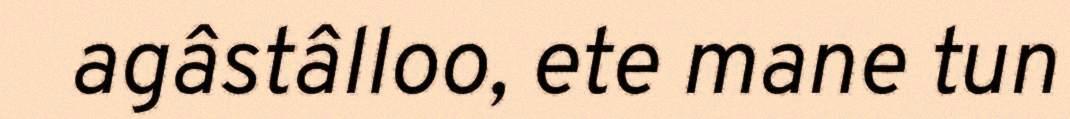
agâstâlloo, ete mane tun